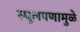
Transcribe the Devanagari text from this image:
स्थूलपणामुळे